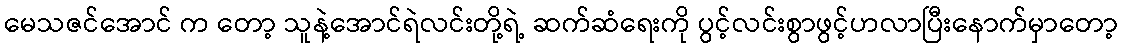
မေသဇင်အောင် က တော့ သူနဲ့အောင်ရဲလင်းတို့ရဲ့ ဆက်ဆံရေးကို ပွင့်လင်းစွာဖွင့်ဟလာပြီးနောက်မှာတော့